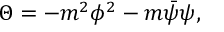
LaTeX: \Theta = - m ^ { 2 } \phi ^ { 2 } - m \bar { \psi } \psi ,